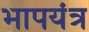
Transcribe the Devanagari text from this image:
भापयंत्र